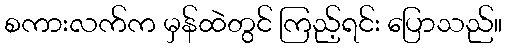
စကားလက်က မှန်ထဲတွင် ကြည့်ရင်း ပြောသည်။